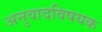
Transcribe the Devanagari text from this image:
अनुवादविषयक